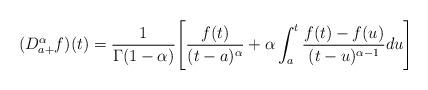
LaTeX: \begin{align*} (D^\alpha_{a+} f)(t) = \frac{1} {\Gamma(1-\alpha)} \Bigg[ \frac{f(t)}{(t-a)^{\alpha}} + \alpha \int^{t}_a \frac{f(t) - f(u)}{(t-u)^{\alpha -1}} du \Bigg]\end{align*}